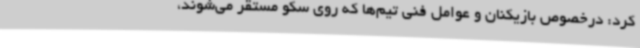
کرد: درخصوص بازیکنان و عوامل فنی تیم‌ها که روی سکو مستقر می‌شوند،